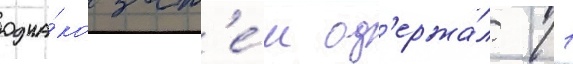
одна́ко зат'е́м од'ержа́л 11